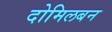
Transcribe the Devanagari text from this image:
दोमिलबन